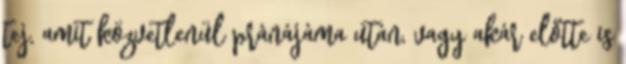
tej, amit közvetlenül pránájáma után, vagy akár előtte is